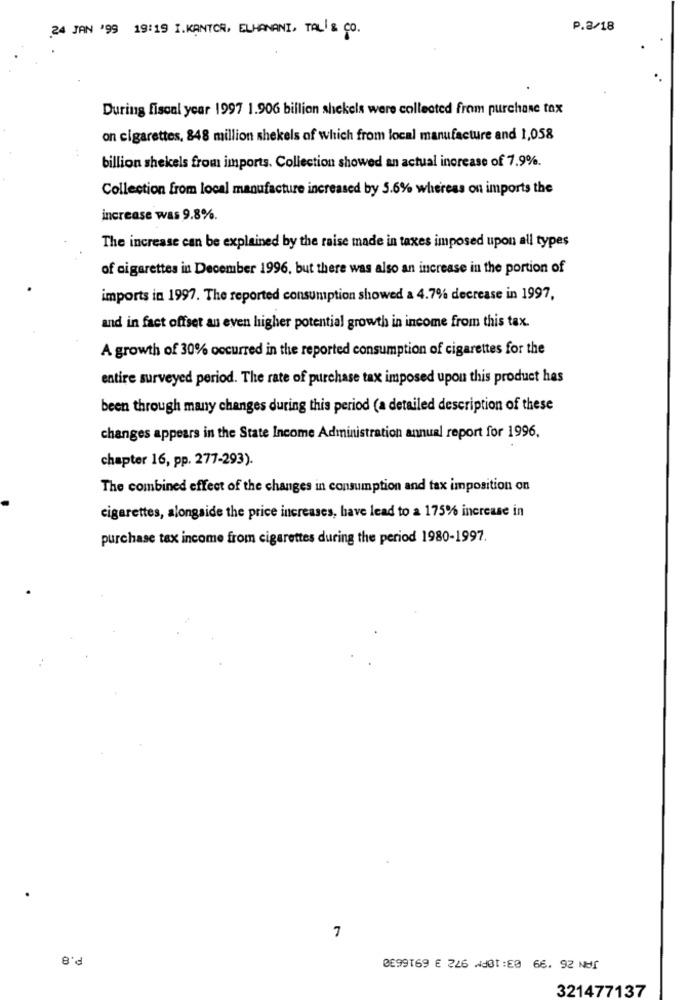
.24 JAN '99 19:19 I.KANTOR, ELHANANI, TAL & CO.
P.8/18
During fiscal year 1997 1.906 billion shekels were collected from purchase tax
on cigarettes, 848 million shekels of which from local manufacture and 1,058
billion shekels from imports. Collection showed an actual increase of 7.9%.
Collection from local manufacture increased by 5.6% whereas on imports the
increase was 9.8%.
The increase can be explained by the raise made in taxes imposed upon all types
of cigarettes in December 1996, but there was also an increase in the portion of
imports in 1997. The reported consumption showed a 4.7% decrease in 1997.
and in fact offset an even higher potential growth in income from this tax.
A growth of 30% occurred in the reported consumption of cigarettes for the
entire surveyed period. The rate of purchase tax imposed upon this product hes
been through many changes during this period (a detailed description of these
changes appears in the State Income Administration annual report for 1996.
chapter 16, pp. 277-293).
The combined effect of the changes in consumption and tax imposition on
cigarettes, alongside the price increases, have lead to a 175% increase in
purchase tax income from cigarettes during the period 1980-1997.
7
P.8
0E99169 E 226 01:50 66. 92 N81
321477137